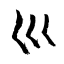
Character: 巛